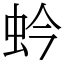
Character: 蚙